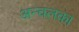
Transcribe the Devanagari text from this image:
अन्चलका